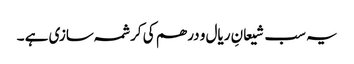
یہ سب شیعانِ ریال و درھم کی کرشمہ سازی ہے ۔